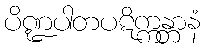
ပိဏ္ဍပါတပဋိက္ကန္တာနံ